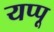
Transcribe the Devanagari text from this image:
यप्पू